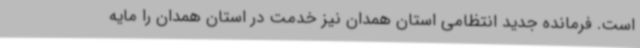
است. فرمانده جدید انتظامی استان همدان نیز خدمت در استان همدان را مایه